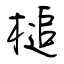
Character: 槌